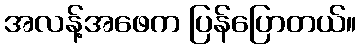
အလန့်အဖေက ပြန်ပြောတယ်။